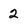
Character: 2